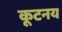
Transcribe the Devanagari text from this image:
कूटनय